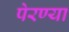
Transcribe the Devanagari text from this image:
पेरण्या